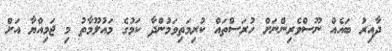
ދާއިރު ބައެއް ނޫސްވެރިންނަށް ހުރަސްތައް ކުރިމަތިވަމުންދާ ކަމުގެ މައުލޫމާތު މި ޖަމިއްޔާ އަށް